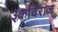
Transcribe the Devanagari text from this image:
३कविराज